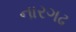
નારગઢ